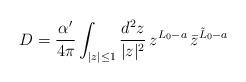
LaTeX: \begin{align*}D = \frac{\alpha '}{4 \pi} \int_{|z| \leq 1} \frac{d^2 z}{|z|^2}\, z^{L_0 - a} \,{\bar{z}}^{{\tilde{L}}_0 - a}\end{align*}